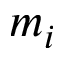
m _ { i }